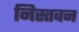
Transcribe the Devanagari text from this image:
निस्तवन